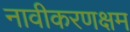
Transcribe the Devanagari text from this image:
नावीकरणक्षम